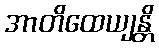
အာတိထေယျန္တိ